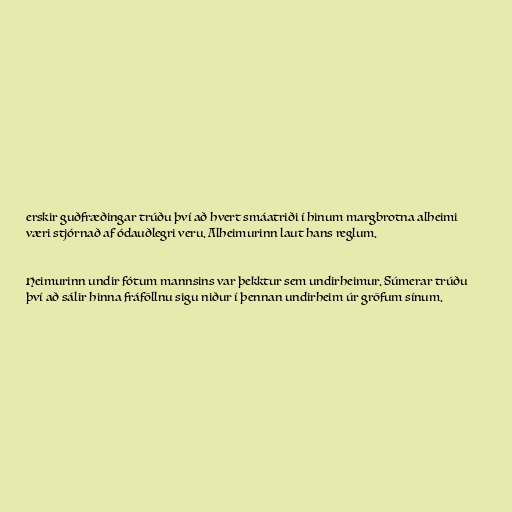
erskir guðfræðingar trúðu því að hvert smáatriði í hinum margbrotna alheimi
væri stjórnað af ódauðlegri veru. Alheimurinn laut hans reglum.

Heimurinn undir fótum mannsins var þekktur sem undirheimur. Súmerar trúðu
því að sálir hinna fráföllnu sigu niður í þennan undirheim úr gröfum sínum.